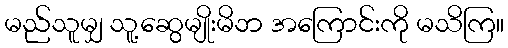
မည်သူမျှ သူ့ဆွေမျိုးမိဘ အကြောင်းကို မသိကြ။